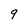
Character: 9